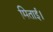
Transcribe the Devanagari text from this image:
मिताई।